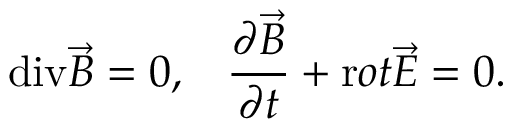
\mathrm { d i v } \vec { B } = 0 , \; \; \; \frac { \partial \vec { B } } { \partial t } + { \mathrm r o t } \vec { E } = 0 .